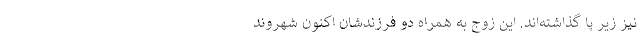
نیز زیر پا گذاشته‌اند. این زوج به همراه دو فرزندشان اکنون شهروند